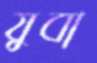
যুবা